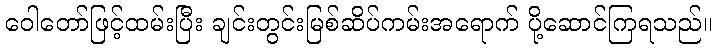
ဝေါတော်ဖြင့်ထမ်းပြီး ချင်းတွင်းမြစ်ဆိပ်ကမ်းအရောက် ပို့ဆောင်ကြရသည်။